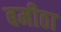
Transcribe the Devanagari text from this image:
बमीठा